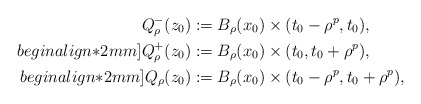
\begin{align*}Q^{-}_{\rho}(z_0)&:=B_\rho(x_0)\times (t_0-\rho^p,t_0),\\begin{align*}2mm]Q^{+}_{\rho}(z_0)&:=B_\rho(x_0)\times (t_0,t_0+\rho^p), \\begin{align*}2mm]Q_{\rho}(z_0)&:=B_\rho(x_0)\times (t_0-\rho^p,t_0+\rho^p),\end{align*}